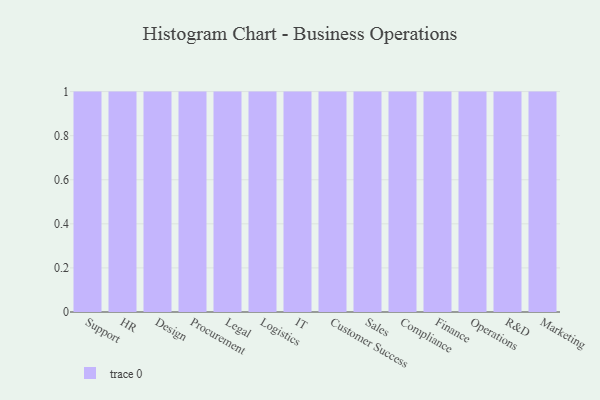
{"axis": {"x": "Department", "y": "Active Users"}, "legend": [""], "data": [{"x": "Support", "y": 7, "type": ""}, {"x": "HR", "y": 27, "type": ""}, {"x": "Design", "y": 78, "type": ""}, {"x": "Procurement", "y": 35, "type": ""}, {"x": "Legal", "y": 52, "type": ""}, {"x": "Logistics", "y": 18, "type": ""}, {"x": "IT", "y": 49, "type": ""}, {"x": "Customer Success", "y": 32, "type": ""}, {"x": "Sales", "y": 84, "type": ""}, {"x": "Compliance", "y": 85, "type": ""}, {"x": "Finance", "y": 83, "type": ""}, {"x": "Operations", "y": 7, "type": ""}, {"x": "R&D", "y": 85, "type": ""}, {"x": "Marketing", "y": 28, "type": ""}]}